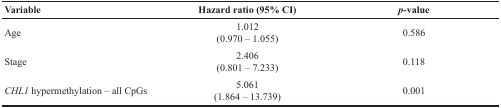
<table><thead><tr><td><b>Variable</b></td><td><b>Hazard ratio(95% CI)</b></td><td><b><i>p-value</i></b></td></tr></thead><tbody><tr><td>Age</td><td>1.012(0.970 – 1.055)</td><td>0.586</td></tr><tr><td>Stage</td><td>2.406(0.801 – 7.233)</td><td>0.118</td></tr><tr><td><i>CHL1</i> hypermethylation – all CpGs</td><td>5.061(1.864 – 13.739)</td><td>0.001</td></tr></tbody></table>